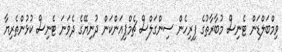
ވިމްބަލްޑަން ޓެނިސް މުބާރާތުގެ ފިރިހެން ސިންގަލްސް ޗެމްޕިއަންކަން ދުނިޔޭގެ ދެވަނަ ޓެނިސް ކުޅުންތެރިޔާ